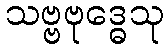
သဗ္ဗဗုဒ္ဓေသု